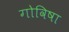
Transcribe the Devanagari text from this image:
गोविषा